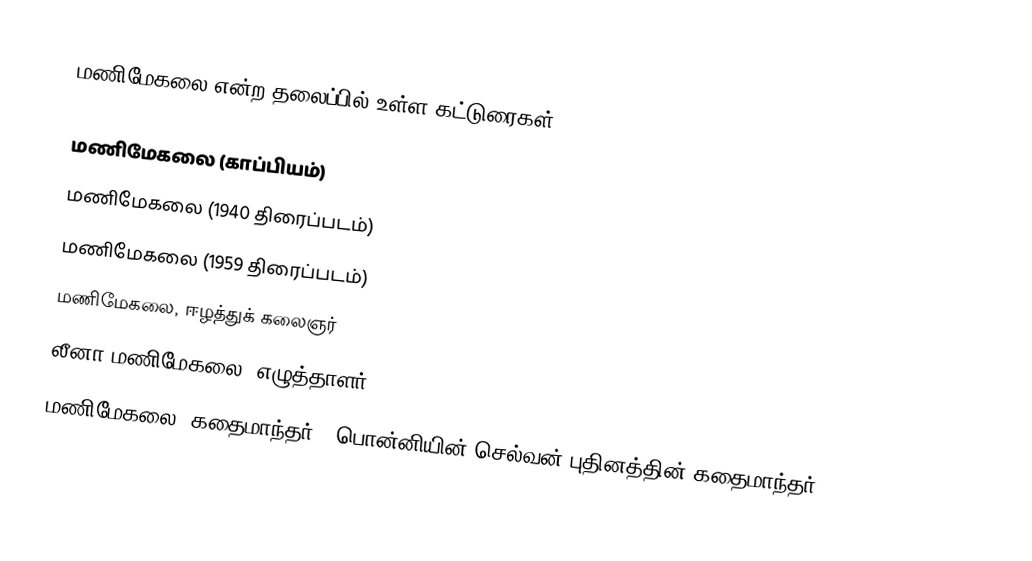
மணிமேகலை என்ற தலைப்பில் உள்ள கட்டுரைகள்:

 மணிமேகலை (காப்பியம்)
 மணிமேகலை (1940 திரைப்படம்)
 மணிமேகலை (1959 திரைப்படம்)
 மணிமேகலை, ஈழத்துக் கலைஞர்
 லீனா மணிமேகலை, எழுத்தாளர்
 மணிமேகலை (கதைமாந்தர்), பொன்னியின் செல்வன் புதினத்தின் கதைமாந்தர்